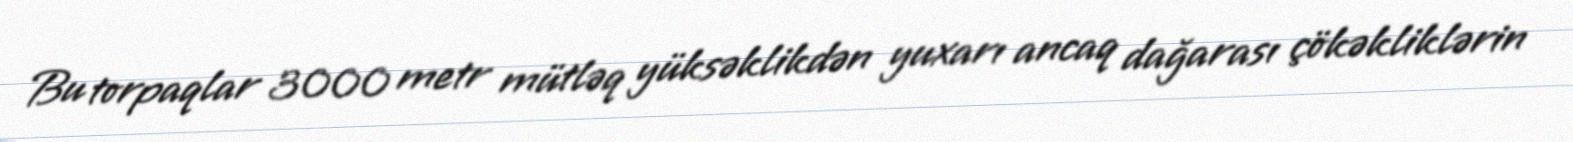
Bu torpaqlar 3000 metr mütləq yüksəklikdən yuxarı ancaq dağarası çökəkliklərin